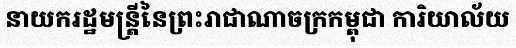
នាយករដ្ឋមន្ត្រីនៃព្រះរាជាណាចក្រកម្ពុជា ការិយាល័យ